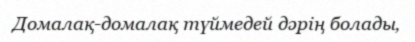
Домалақ-домалақ түймедей дәрің болады‚